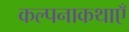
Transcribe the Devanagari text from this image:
कल्पनाकथाएँ